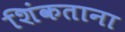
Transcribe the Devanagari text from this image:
शिंकताना